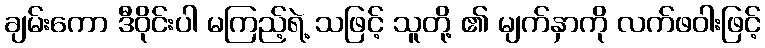
ချမ်းကော ဒီဝိုင်းပါ မကြည့်ရဲ့ သဖြင့် သူတို့ ၏ မျက်နှာကို လက်ဖဝါးဖြင့်